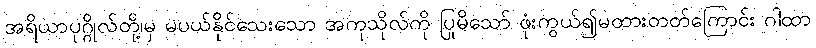
အရိယာပုဂ္ဂိုလ်တို့၊မှ မပယ်နိုင်သေးသော အကုသိုလ်ကို ပြုမိသော် ဖုံးကွယ်၍မထားတတ်ကြောင်း ဂါထာ